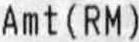
AMT(RM)